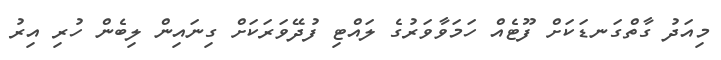
މިއަދު ގާތްގަނޑަކަށް ފޫޓެއް ހަމަވާވަރުގެ ލައްޓި ފުދޭވަރަކަށް ގިނައިން ލިބެން ހުރި އިރު